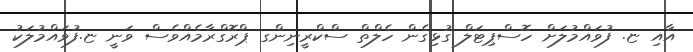
އާއި ޏ. ފުވައްމުލަށް ހޮސްޕިޓަލް ގުޅިގެން ހެލްތް ސްކްރީނިންގ ޕްރޮގްރާމެއްވެސް ވަނީ ޏ.ފުވައްމުލަކު